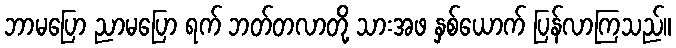
ဘာမပြော ညာမပြော ရက် ဘတ်တလာတို့ သားအဖ နှစ်ယောက် ပြန်လာကြသည်။